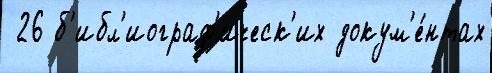
 26 б'ибл'иограф'ическ'их докум'е́нтах